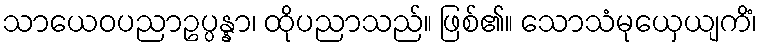
သာယေဝပညာဥပ္ပန္နာ၊ ထိုပညာသည်။ ဖြစ်၏။ သောသံမုယှေယျကိံ၊